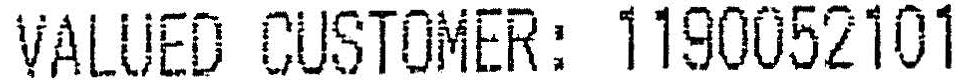
VALUED CUSTOMER: 1190052101